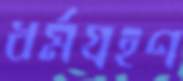
ধর্মগ্রহণ